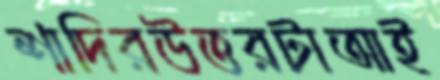
শাদিরউত্তরটাআই